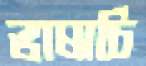
ভাষাচি